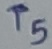
Text: T5